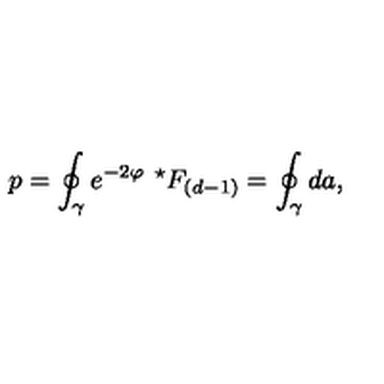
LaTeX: p = \oint _ { \gamma } e ^ { - 2 \varphi } \ { } ^ { \star } F _ { ( d - 1 ) } = \oint _ { \gamma } d a ,